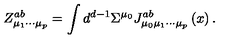
Z _ { \mu _ { 1 } \cdots \mu _ { p } } ^ { a b } = \int d ^ { d - 1 } \Sigma ^ { \mu _ { 0 } } J _ { \mu _ { 0 } \mu _ { 1 } \cdots \mu _ { p } } ^ { a b } \left( x \right) .